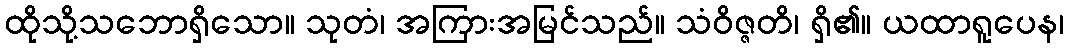
ထိုသို့သဘောရှိသော။ သုတံ၊ အကြားအမြင်သည်။ သံဝိဇ္ဇတိ၊ ရှိ၏။ ယထာရူပေန၊